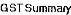
GST SUMMARY